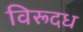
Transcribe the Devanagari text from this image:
विरूदध